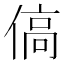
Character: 傐